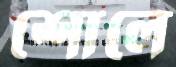
শোলে